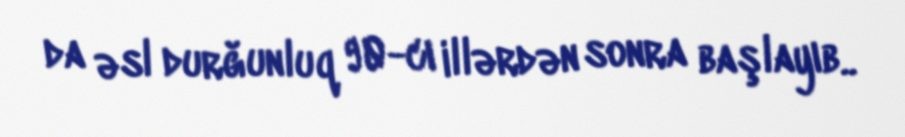
da əsl durğunluq 90-cı illərdən sonra başlayıb..